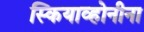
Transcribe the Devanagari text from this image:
स्कियाव्होनीना